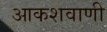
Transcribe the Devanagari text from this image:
आकशवाणी